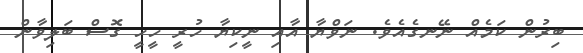
ބިރުން ކަމެއް ނޭނގެއެވެ. ނަވްޔާ އާއި ނީކިޔާ ހުރީ ހީހީ ގޮސް ބަލިވާން